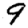
Digit: 9